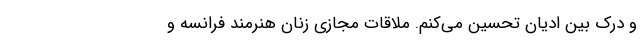
و درک بین ادیان تحسین می‌کنم. ملاقاتِ مجازی زنانِ هنرمند فرانسه و